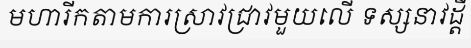
មហារីកតាមការស្រាវជ្រាវមួយលើ ទស្សនាវដ្តី